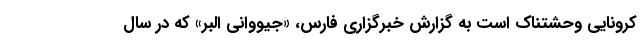
کرونایی وحشتناک است به گزارش خبرگزاری فارس، «جیووانی البر» که در سال